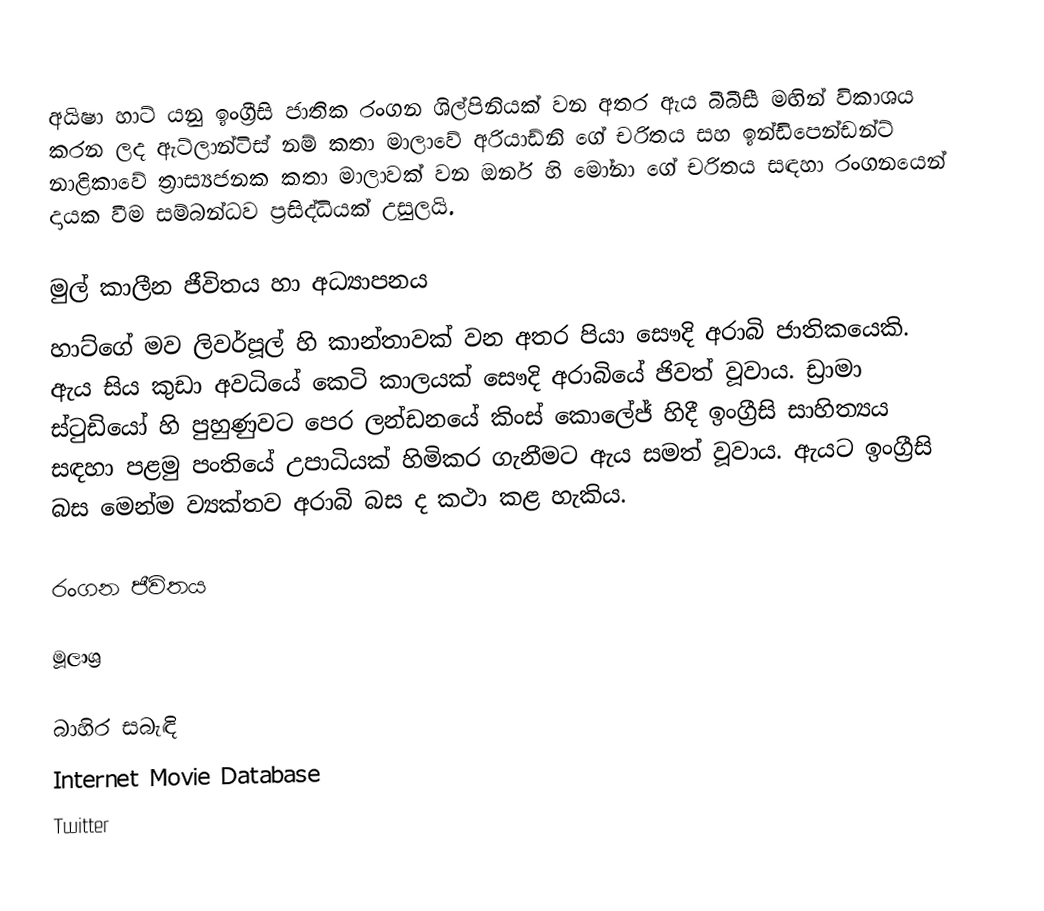
අයිෂා හාට් යනු ඉංග්‍රීසි ජාතික රංගන ශිල්පිනියක් වන අතර ඇය බීබීසී මඟින් විකාශය කරන ලද ඇට්ලාන්ටිස් නම් කතා මාලාවේ අරියාඩ්නි ගේ චරිතය සහ ඉන්ඩිපෙන්ඩන්ට් නාළිකාවේ ත්‍රාස්‍යජනක කතා මාලාවක් වන ඔනර් හි මෝනා ගේ චරිතය සඳහා රංගනයෙන් දායක වීම සම්බන්ධව ප්‍රසිද්ධියක් උසුලයි.

මුල් කාලීන ජීවිතය හා අධ්‍යාපනය
හාට්ගේ මව ලිවර්පූල් හි කාන්තාවක් වන අතර පියා සෞදි අරාබි ජාතිකයෙකි. ඇය සිය කුඩා අවධියේ කෙටි කාලයක් සෞදි අරාබියේ ජිවත් වූවාය. ඩ්‍රාමා ස්ටුඩියෝ හි පුහුණුවට පෙර ලන්ඩනයේ කිංස් කොලේජ් හිදී ඉංග්‍රීසි සාහිත්‍යය සඳහා පළමු පංතියේ උපාධියක් හිමිකර ගැනීමට ඇය සමත් වූවාය. ඇයට ඉංග්‍රීසි බස මෙන්ම ව්‍යක්තව  අරාබි බස ද කථා කළ හැකිය.

රංගන ජීවිතය

මූලාශ්‍ර

බාහිර සබැඳි
 Internet Movie Database
 Twitter